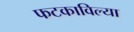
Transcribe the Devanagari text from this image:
फटकाविल्या